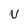
Character: U